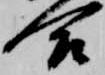
合